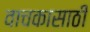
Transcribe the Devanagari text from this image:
वाचकासाठी